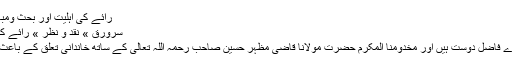
رائے کی اہلیت اور بحث ومباحثہ کی آزادی | مولانا زاہد الراشدی
سرورق » نقد و نظر » رائے کی اہلیت اور بحث ومباحثہ کی آزادی
مولانا حافظ زاہد حسین رشیدی ہمارے فاضل دوست ہیں اور مخدومنا المکرم حضرت مولانا قاضی مظہر حسین صاحب رحمہ اللہ تعالیٰ کے ساتھ خاندانی تعلق کے باعث وہ ہمارے لیے قابل احترام بھی ہیں۔